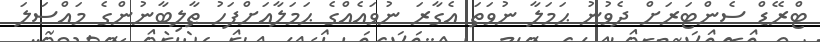
ޓްރޭޑް ސެންޓަރަށް ދެވުނު ޙަމަލާ ނުވަތަ އެގާރަ ނުވައެއްގެ ޙަމަލާއަށްފަހު ޠާލިބާނުންގެ މައްސަލަ